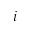
i